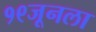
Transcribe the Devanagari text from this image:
१९जूनला